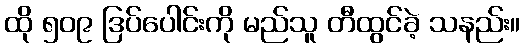
ထို ၅၀၉ ဒြပ်ပေါင်းကို မည်သူ တီထွင်ခဲ့ သနည်း။